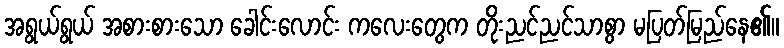
အရွယ်ရွယ် အစားစားသော ခေါင်းလောင်း ကလေးတွေက တိုးညင်ညင်သာစွာ မပြတ်မြည်နေ၏။